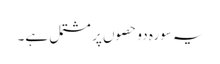
یہ سورہ دو حصوں پر مشتمل ہے۔